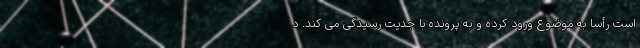
است رأساً به موضوع ورود کرده و به پرونده با جدیت رسیدگی می کند. د